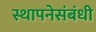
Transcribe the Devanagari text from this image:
स्थापनेसंबंधी